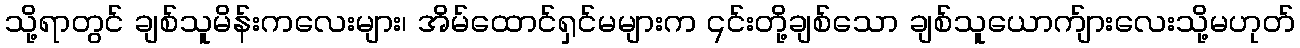
သို့ရာတွင် ချစ်သူမိန်းကလေးများ၊ အိမ်ထောင်ရှင်မများက ၎င်းတို့ချစ်သော ချစ်သူယောက်ျားလေးသို့မဟုတ်